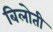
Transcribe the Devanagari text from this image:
बिलोती